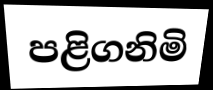
පළිගනිමි